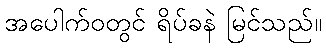
အပေါက်ဝတွင် ရိပ်ခနဲ မြင်သည်။